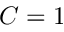
C = 1